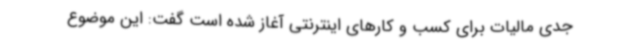
جدی مالیات برای کسب و کارهای اینترنتی آغاز شده است گفت: این موضوع